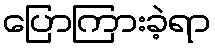
ပြောကြားခဲ့ရာ